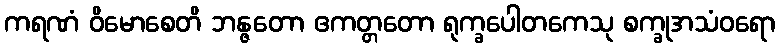
ကရဏံ ဝိမောစေတိ ဘန္ဇတော ဧကတ္တတော ရုက္ခပေါတကေသု စက္ခုအသံဝရော